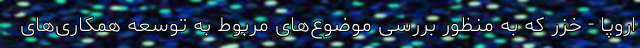
اروپا - خزر که به منظور بررسی موضوع‌های مربوط به توسعه همکاری‌های